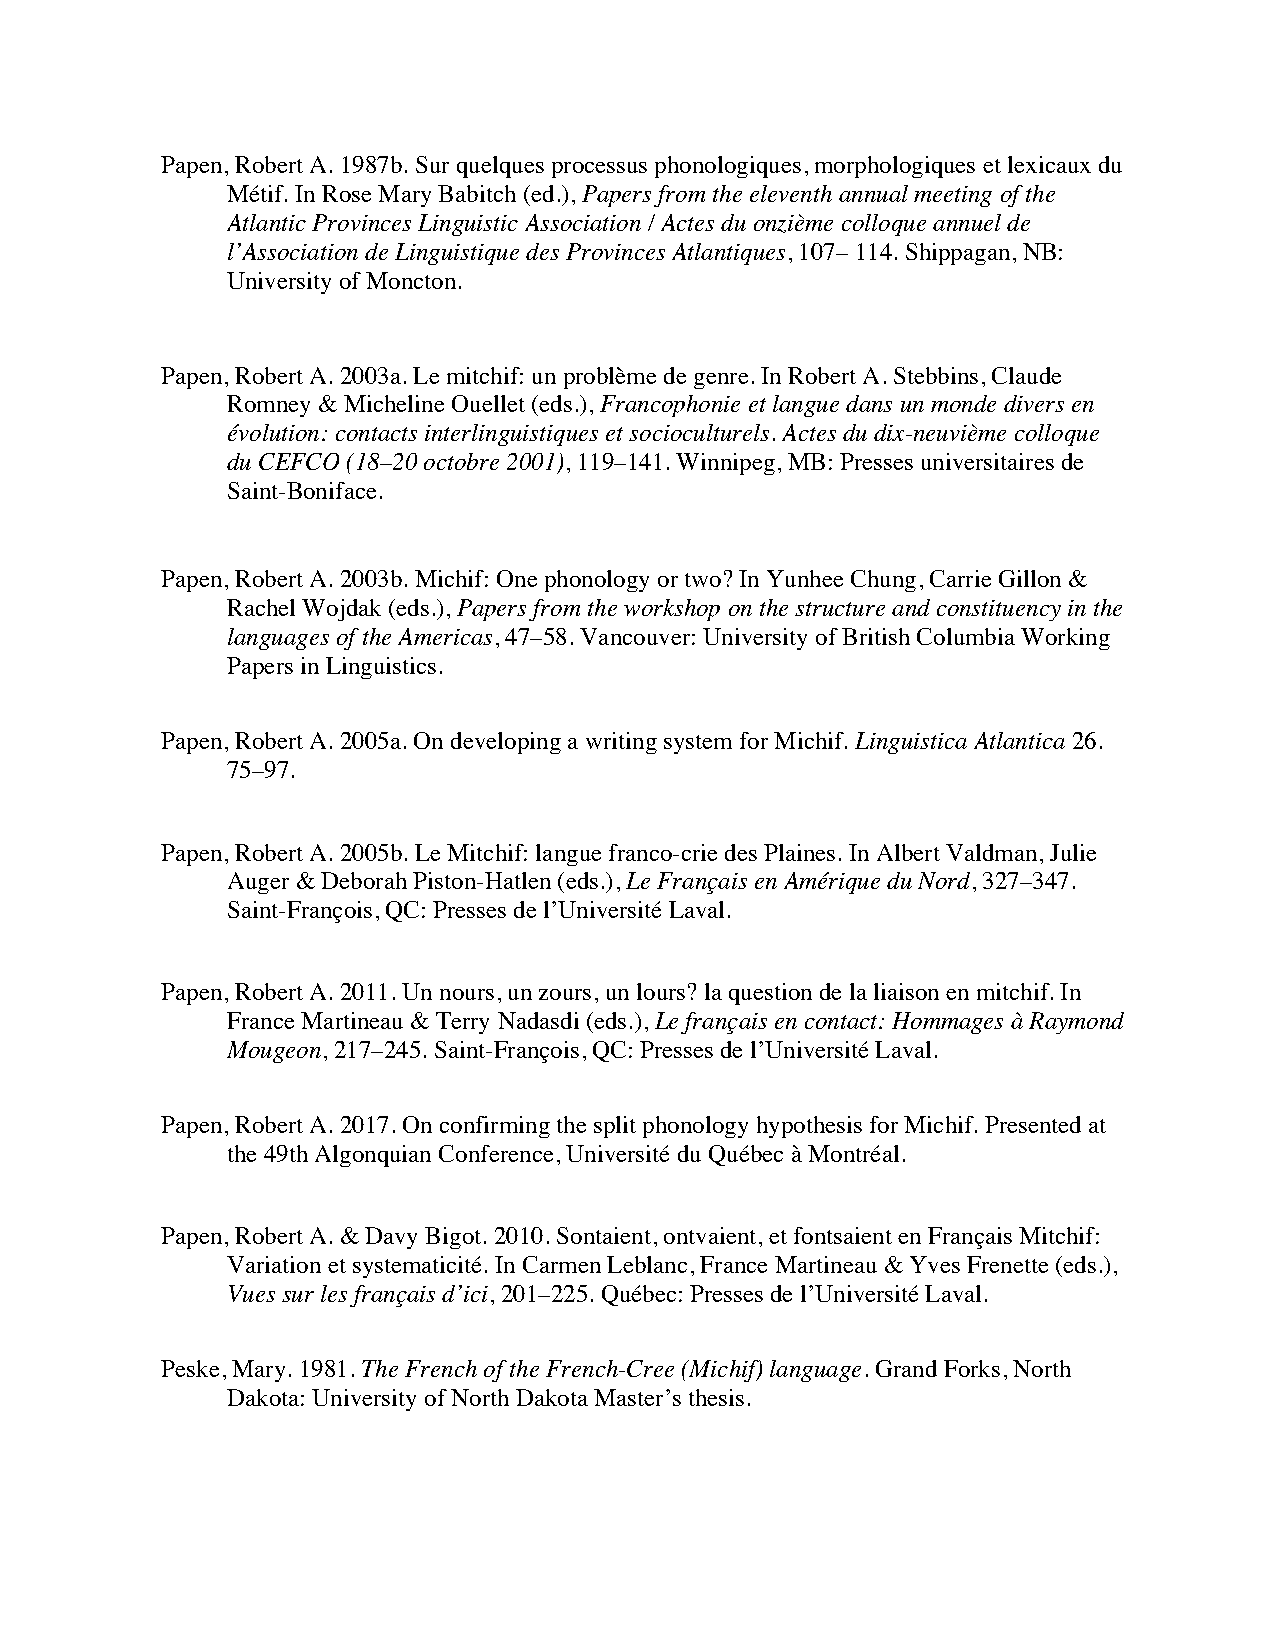
Papen, Robert A. 1987b. Sur quelques processus phonologiques, morphologiques et lexicaux du
 Métif. In Rose Mary Babitch (ed.), Papers from the eleventh annual meeting of the
 Atlantic Provinces Linguistic Association / Actes du onzième colloque annuel de
 l’Association de Linguistique des Provinces Atlantiques, 107– 114. Shippagan, NB:
 University of Moncton.
 Papen, Robert A. 2003a. Le mitchif: un problème de genre. In Robert A. Stebbins, Claude
 Romney & Micheline Ouellet (eds.), Francophonie et langue dans un monde divers en
 évolution: contacts interlinguistiques et socioculturels. Actes du dix-neuvième colloque
 du CEFCO (18–20 octobre 2001), 119–141. Winnipeg, MB: Presses universitaires de
 Saint-Boniface.
 Papen, Robert A. 2003b. Michif: One phonology or two? In Yunhee Chung, Carrie Gillon &
 Rachel Wojdak (eds.), Papers from the workshop on the structure and constituency in the
 languages of the Americas, 47–58. Vancouver: University of British Columbia Working
 Papers in Linguistics.
 Papen, Robert A. 2005a. On developing a writing system for Michif. Linguistica Atlantica 26.
 75–97.
 Papen, Robert A. 2005b. Le Mitchif: langue franco-crie des Plaines. In Albert Valdman, Julie
 Auger & Deborah Piston-Hatlen (eds.), Le Français en Amérique du Nord, 327–347.
 Saint-François, QC: Presses de l’Université Laval.
 Papen, Robert A. 2011. Un nours, un zours, un lours? la question de la liaison en mitchif. In
 France Martineau & Terry Nadasdi (eds.), Le français en contact: Hommages à Raymond
 Mougeon, 217–245. Saint-François, QC: Presses de l’Université Laval.
 Papen, Robert A. 2017. On confirming the split phonology hypothesis for Michif. Presented at
 the 49th Algonquian Conference, Université du Québec à Montréal.
 Papen, Robert A. & Davy Bigot. 2010. Sontaient, ontvaient, et fontsaient en Français Mitchif:
 Variation et systematicité. In Carmen Leblanc, France Martineau & Yves Frenette (eds.),
 Vues sur les français d’ici, 201–225. Québec: Presses de l’Université Laval.
 Peske, Mary. 1981. The French of the French-Cree (Michif) language. Grand Forks, North
 Dakota: University of North Dakota Master’s thesis.